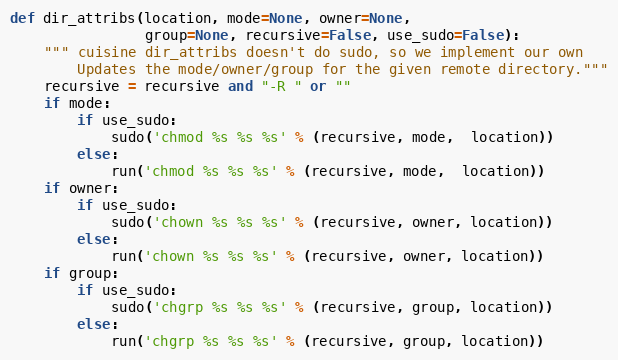
Language: Python
def dir_attribs(location, mode=None, owner=None,
                group=None, recursive=False, use_sudo=False):
    """ cuisine dir_attribs doesn't do sudo, so we implement our own
        Updates the mode/owner/group for the given remote directory."""
    recursive = recursive and "-R " or ""
    if mode:
        if use_sudo:
            sudo('chmod %s %s %s' % (recursive, mode,  location))
        else:
            run('chmod %s %s %s' % (recursive, mode,  location))
    if owner:
        if use_sudo:
            sudo('chown %s %s %s' % (recursive, owner, location))
        else:
            run('chown %s %s %s' % (recursive, owner, location))
    if group:
        if use_sudo:
            sudo('chgrp %s %s %s' % (recursive, group, location))
        else:
            run('chgrp %s %s %s' % (recursive, group, location))